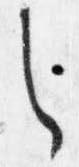
之